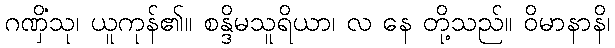
ဂဏှိံသု၊ ယူကုန်၏။ စန္ဒိမသူရိယာ၊ လ နေ တို့သည်။ ဝိမာနာနိ၊